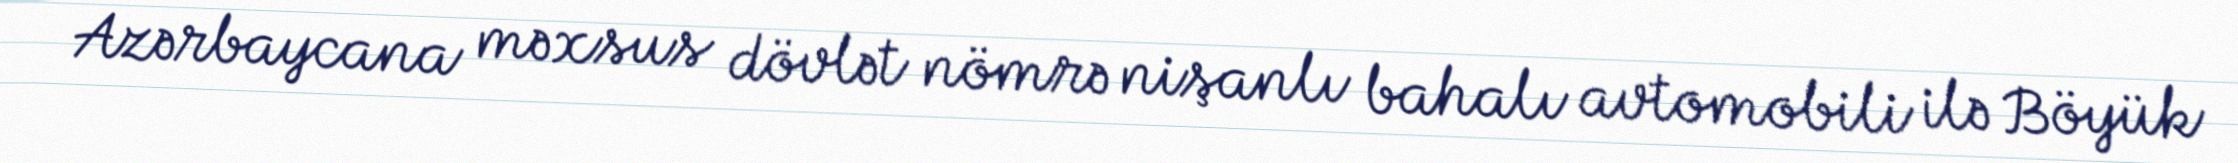
Azərbaycana məxsus dövlət nömrə nişanlı bahalı avtomobili ilə Böyük